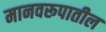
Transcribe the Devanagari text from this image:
मानवरूपातील